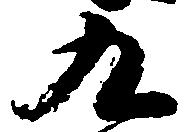
九